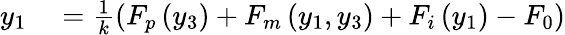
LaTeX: \begin{array}{rl}{y_{1}}&{{}=\frac{1}{k}\left(F_{p}\left(y_{3}\right)+F_{m}\left(y_{1},y_{3}\right)+F_{i}\left(y_{1}\right)-F_{0}\right)}\end{array}